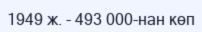
1949 ж. - 493 000-нан көп